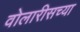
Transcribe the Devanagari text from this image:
वोलारीसच्या